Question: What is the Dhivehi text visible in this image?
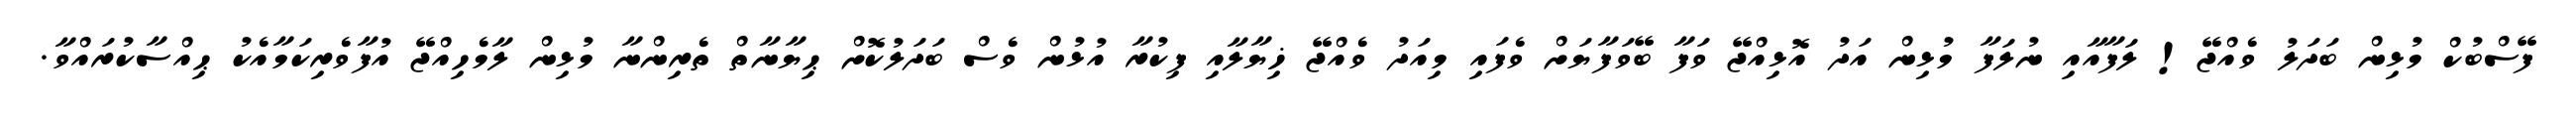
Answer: ފޭސްބުކް މުޅިން ބަދަލު ވެއްޖޭ! ލަފާއާއި ނުލަފާ މުޅިން އަދު އޮޅިއްޖޭ ވަފާ ބޭވަފާޔަށް ވެފައި މިއަދު ވެއްޖޭ ޚިޔާލާއި ފިކުރާ އުޅުން ވެސް ބަދަލުކޮށް ޙިޔާނާތް ތެރިންނާ މުޅިން ލާމެހިއްޖޭ އުފާވެރިކަމާއެކު ޙިއްސާކުރައްވާ.